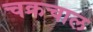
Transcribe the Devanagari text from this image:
चक्रचाल